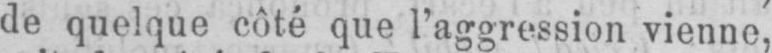
de quelque côté que l’aggression vienne,